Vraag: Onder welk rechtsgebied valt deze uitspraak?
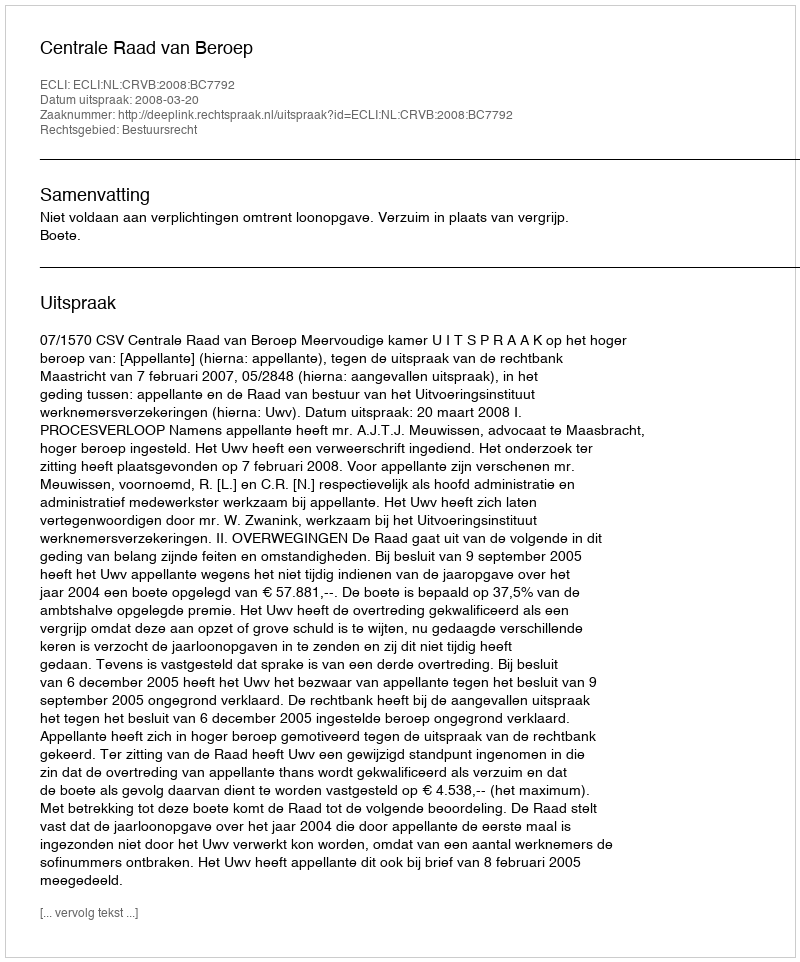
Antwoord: Bestuursrecht